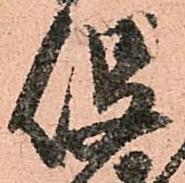
役